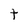
Character: t